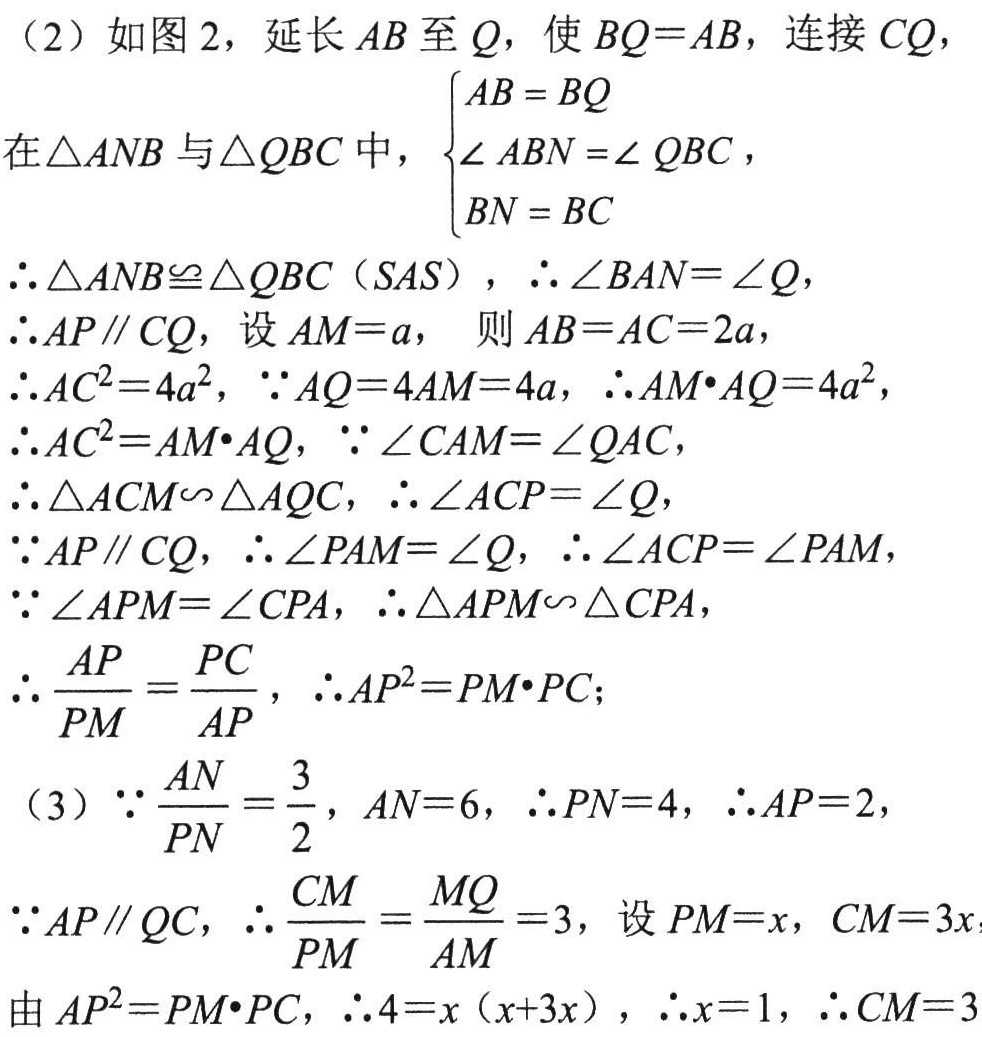
（2）如图2，延长 \(AB\) 至 \(Q\)，使 \(BQ = AB\)，连接 \(CQ\)，

在\(\triangle ANB\)与\(\triangle QBC\)中，\(\begin{cases}AB = BQ\\\angle ABN=\angle QBC\\BN = BC\end{cases}\)

\(\therefore\triangle ANB\cong\triangle QBC(SAS)\)，\(\therefore\angle BAN=\angle Q\)，

\(\therefore AP\parallel CQ\)，设 \(AM = a\)， 则 \(AB = AC = 2a\)，

\(\therefore AC^{2}=4a^{2}\)，\(\because AQ = 4AM = 4a\)，\(\therefore AM\cdot AQ = 4a^{2}\)，

\(\therefore AC^{2}=AM\cdot AQ\)，\(\because\angle CAM=\angle QAC\)，

\(\therefore\triangle ACM\sim\triangle AQC\)，\(\therefore\angle ACP=\angle Q\)，

\(\because AP\parallel CQ\)，\(\therefore\angle PAM=\angle Q\)，\(\therefore\angle ACP=\angle PAM\)，

\(\because\angle APM=\angle CPA\)，\(\therefore\triangle APM\sim\triangle CPA\)，

\(\therefore\frac{AP}{PM}=\frac{PC}{AP}\)，\(\therefore AP^{2}=PM\cdot PC\)；

（3）\(\because\frac{AN}{PN}=\frac{3}{2}\)，\(AN = 6\)，\(\therefore PN = 4\)，\(\therefore AP = 2\)，

\(\because AP\parallel QC\)，\(\therefore\frac{CM}{PM}=\frac{MQ}{AM}=3\)，设 \(PM = x\)，\(CM = 3x\)

由 \(AP^{2}=PM\cdot PC\)，\(\therefore4=x(x + 3x)\)，\(\therefore x = 1\)，\(\therefore CM = 3\)